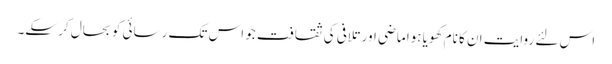
اس لئے روایت ان کا نام کھویا ہوا ماضی اور تلافی کی ثقافت جو اس تک رسائی کو بحال کر سکے۔